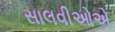
સાલવીઓએ